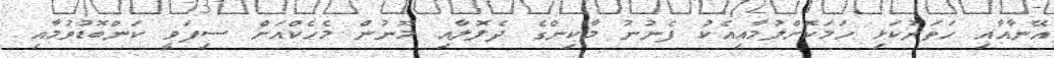
އޭނާއާއި ހަތަރުކަޅި ހަމަކޮށްލުމާއިއެކު ފެނުނު މާކިންގެ ދެލޮލާއި މޫނުން މެހެކްއަށް ސިފަވީ ކަންބޮޑުވުމާއި